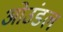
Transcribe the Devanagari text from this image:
ओउंडल